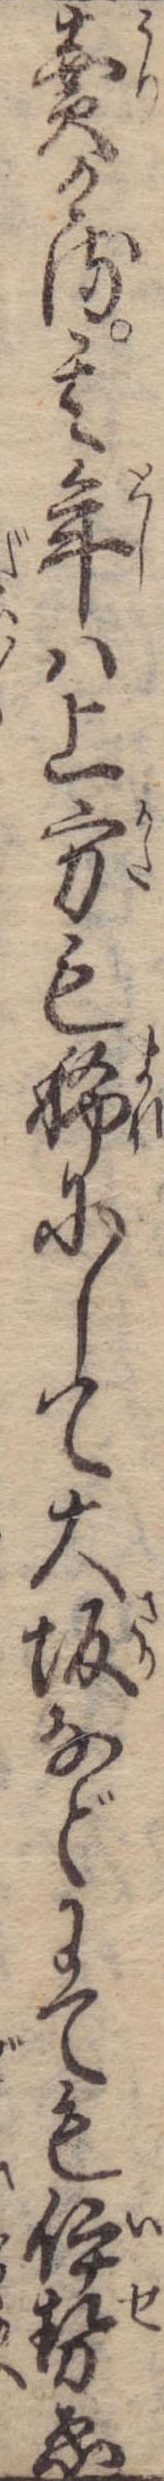
売ける其年は上方も稀にして大坂などにても伊勢ゑ